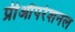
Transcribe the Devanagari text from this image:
प्रीऑपरेशनल